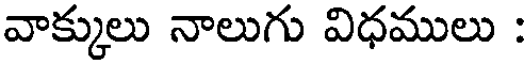
వాక్కులు నాలుగు విధములు :